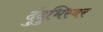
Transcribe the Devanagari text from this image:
दुंदुभिस्वर